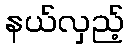
နယ်လှည့်